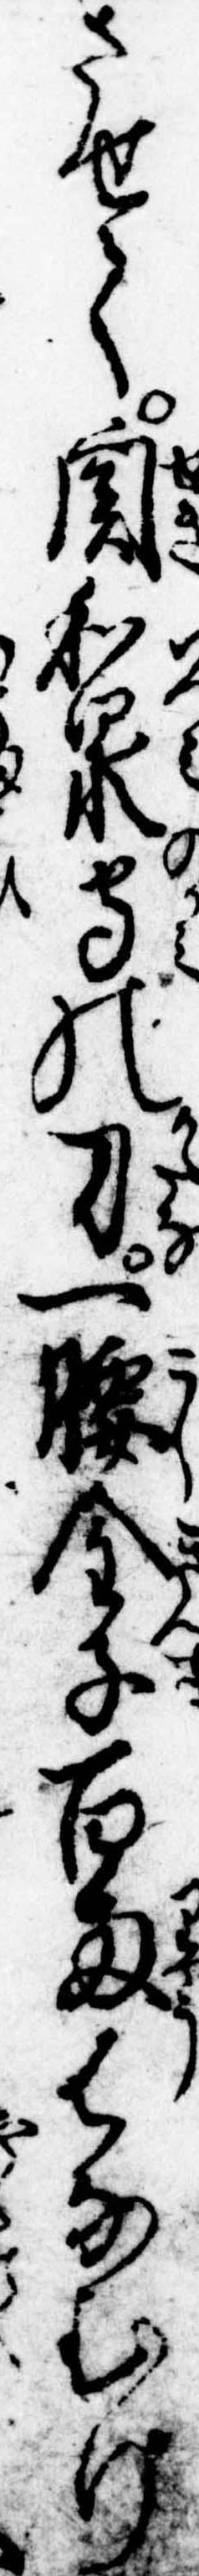
させて関和泉守の刀一腰金子百両はなむけ